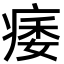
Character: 痿